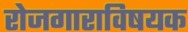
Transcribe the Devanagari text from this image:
रोजगाराविषयक